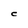
Character: C